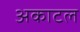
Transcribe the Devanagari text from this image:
अकाटल